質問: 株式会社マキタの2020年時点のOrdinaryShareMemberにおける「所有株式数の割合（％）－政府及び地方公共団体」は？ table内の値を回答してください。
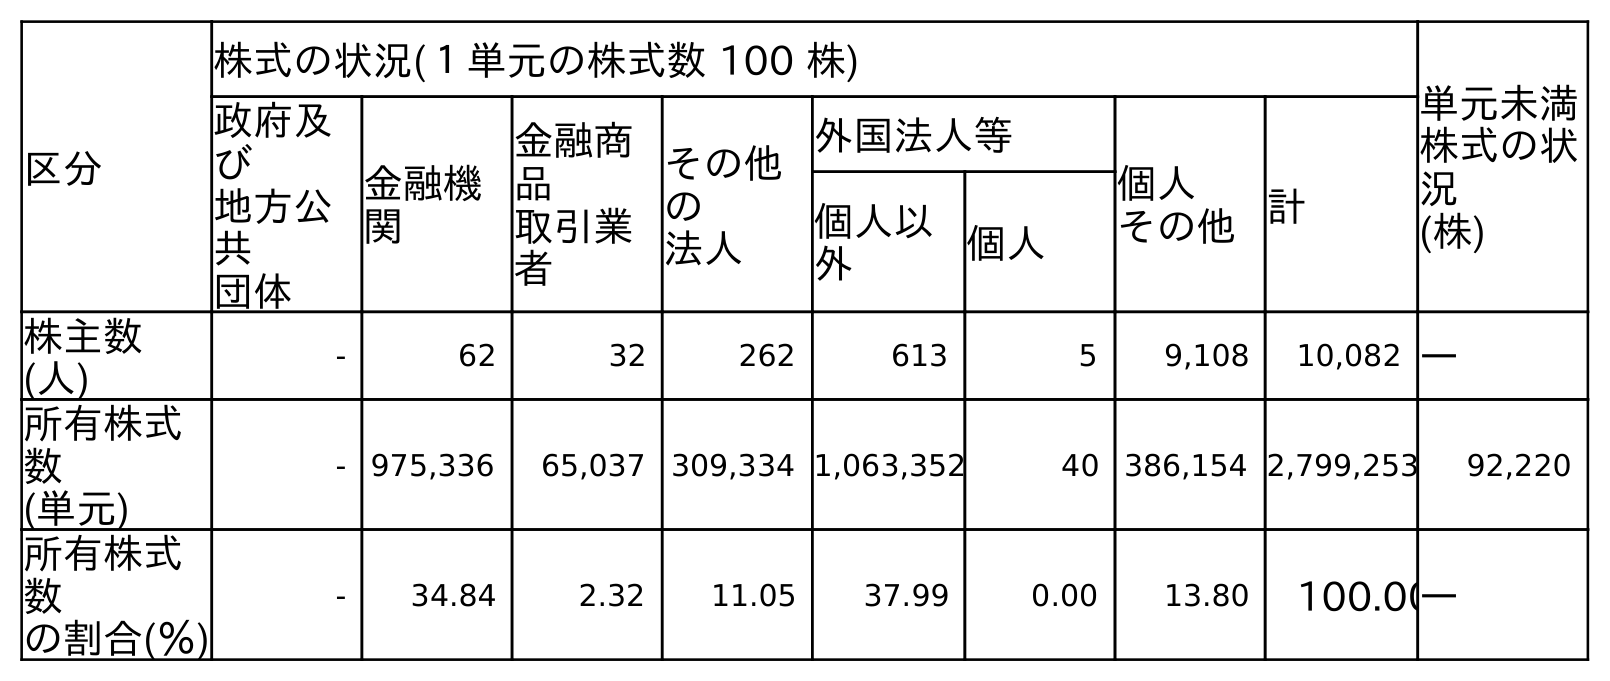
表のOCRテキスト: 区分 株式の状況(１単元の株式数 100 株) 単元未満 株式の状 況 (株) 政府及 び 地方公 共 団体 金融機 関 金融商 品 取引業 者 その他 の 法人 外国法人等 個人 その他計 個人以 外 個人 株主数 (人) - 62 32 262 613 5 9,108 10,082 ― 所有株式 数 (単元) - 975,336 65,037 309,334 1,063,352 40 386,154 2,799,253 92,220 所有株式 数 の割合(％) - 34.84 2.32 11.05 37.99 0.00 13.80 100.00―
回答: -